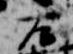
左